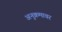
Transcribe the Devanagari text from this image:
अनुक्रमावर